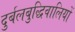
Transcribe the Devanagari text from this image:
दुर्बलबुद्धिवालियों